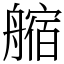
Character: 䑿